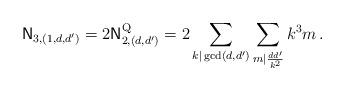
LaTeX: \begin{align*} \mathsf{N}_{3,(1, d, d')} = 2 \mathsf{N}^{\text Q}_{2, (d, d')} = 2\sum_{k | \gcd(d,d')} \sum_{ m | \frac{ d d' }{k^2}} k^{3} m \,. \end{align*}